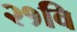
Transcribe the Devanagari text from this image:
२१वि